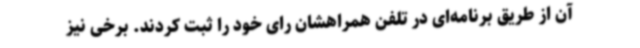
آن از طریق برنامه‌ای در تلفن همراهشان رای خود را ثبت کردند. برخی نیز